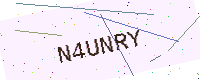
Text: N4UNRY